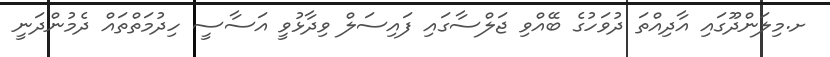
ށ.މިލަންދޫގައި އާދިއްތަ ދުވަހުގެ ބޭއްވި ޖަލްސާގައި ފައިސަލް ވިދާޅުވީ އަސާސީ ހިދުމަތްތައް ދެމުންދަނީ